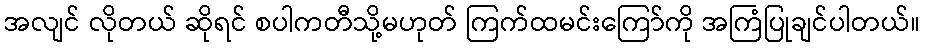
အလျင် လိုတယ် ဆိုရင် စပါကတီသို့မဟုတ် ကြက်ထမင်းကြော်ကို အကြံပြုချင်ပါတယ်။